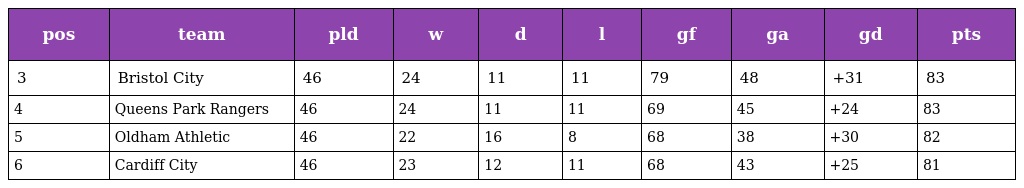
| pos | team | pld | w | d | l | gf | ga | gd | pts |
 | --- | --- | --- | --- | --- | --- | --- | --- | --- | --- |
 | 3 | Bristol City | 46 | 24 | 11 | 11 | 79 | 48 | +31 | 83 |
 | 4 | Queens Park Rangers | 46 | 24 | 11 | 11 | 69 | 45 | +24 | 83 |
 | 5 | Oldham Athletic | 46 | 22 | 16 | 8 | 68 | 38 | +30 | 82 |
 | 6 | Cardiff City | 46 | 23 | 12 | 11 | 68 | 43 | +25 | 81 |